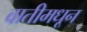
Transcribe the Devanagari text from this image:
वातीमधून